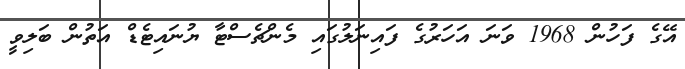
އޭގެ ފަހުން 1968 ވަނަ އަހަރުގެ ފައިނަލުގައި މެންޗެސްޓާ ޔުނައިޓެޑް އަތުން ބަލިވީ